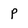
Character: p